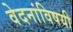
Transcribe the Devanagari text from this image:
वेदनांविषयी